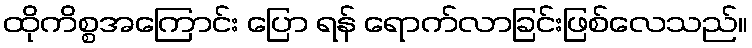
ထိုကိစ္စအကြောင်း ပြော ရန် ရောက်လာခြင်းဖြစ်လေသည်။